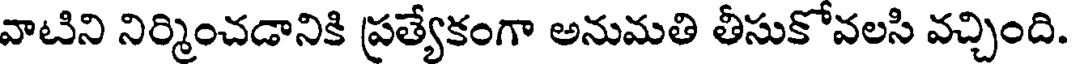
వాటిని నిర్మించడానికి ప్రత్యేకంగా అనుమతి తీసుకోవలసి వచ్చింది.